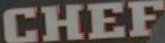
CHEF